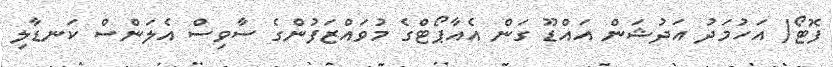
ފޮޓޯ/ އަހުމަދު އަދުޝަން އައްޑޫ ގަން އެއާޕޯޓްގެ މުވައްޒަފުންގެ ސާވިސް އެލަންސް ކަނޑާލި